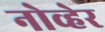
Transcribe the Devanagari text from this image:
नोव्हेर